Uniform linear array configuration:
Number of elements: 4
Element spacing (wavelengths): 0.75
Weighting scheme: binomial
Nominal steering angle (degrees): -30
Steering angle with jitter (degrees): -31.039
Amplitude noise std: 0.05
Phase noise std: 0.05

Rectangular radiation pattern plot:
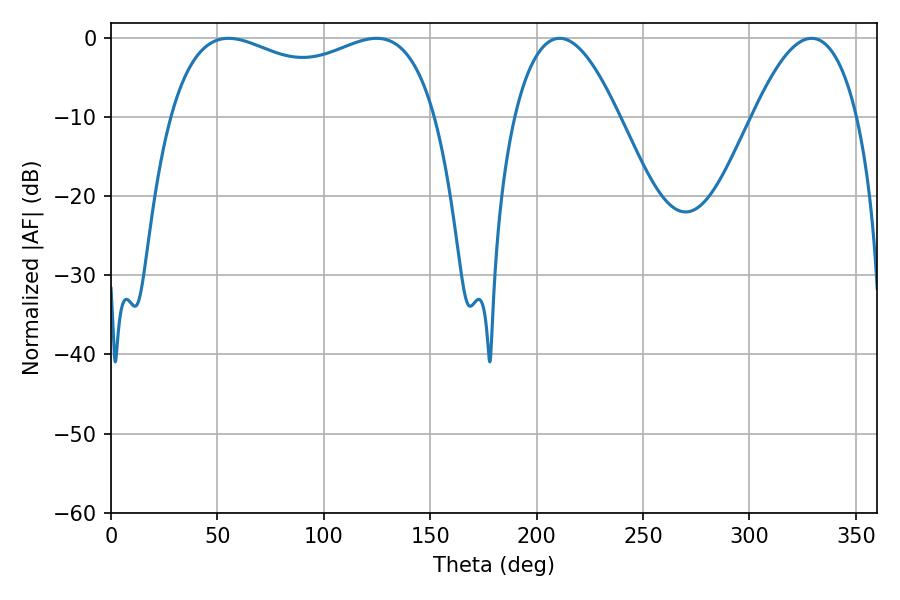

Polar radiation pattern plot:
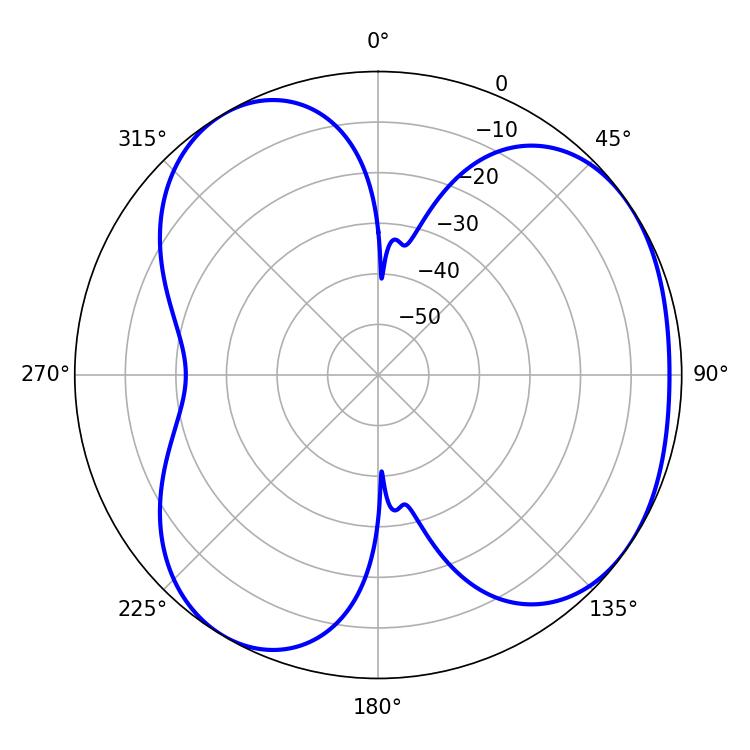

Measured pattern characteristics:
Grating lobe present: TRUE
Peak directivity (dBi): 4.376
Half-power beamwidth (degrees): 27
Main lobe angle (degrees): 210.78